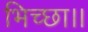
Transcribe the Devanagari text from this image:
भिच्‍छा।।